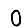
Digit: 0